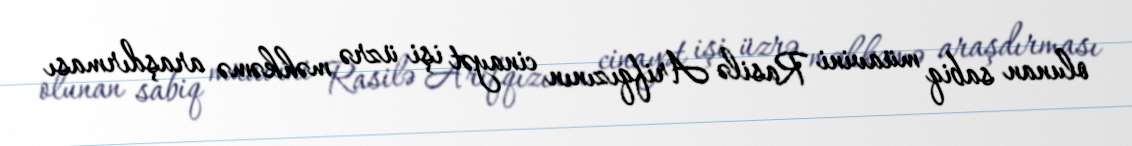
olunan sabiq müavini Rasilə Arifqızının cinayət işi üzrə məhkəmə araşdırması